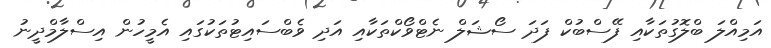
އަމިއްލަ ބްލޮގުތަކާއި ފޭސްބުކް ފަދަ ސޯޝަލް ނެޓްވޯކްތަކާއި އަދި ވެބްސައިޓުތަކުގައި އެމީހުން އިސްލާމްދީނު